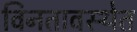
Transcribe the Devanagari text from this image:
विनतावस्थेत